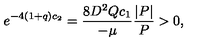
e ^ { - 4 ( 1 + q ) c _ { 2 } } = \frac { 8 D ^ { 2 } Q c _ { 1 } } { - \mu } \frac { | P | } { P } > 0 ,